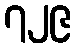
၇၂၉